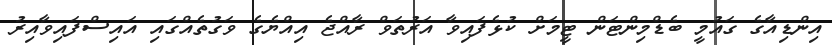
އިންޑިއާގެ ގައުމީ ބެޑްމިންޓަން ޓީމަށް ކުޅެފައިވާ އަރުތަވް ރާއްޖެ އިއްޔެގެ ވަގުތެއްގައި އައިސްފައިވާއިރު